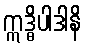
ဣဒ္ဓိပါဒါနိ